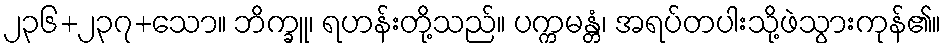
၂၃၆+၂၃၇+သော။ ဘိက္ခူ၊ ရဟန်းတို့သည်။ ပက္ကမန္တံ၊ အရပ်တပါးသို့ဖဲသွားကုန်၏။